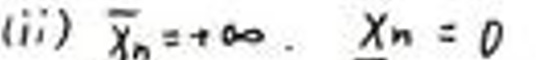
(ii) $\overline{x_n} = +\infty. \underline{x_n} = 0$